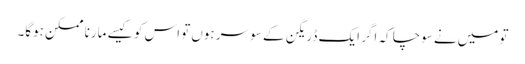
تو میں‌نے سوچا کہ اگر ایک ڈریگن کے سو سر ہوں‌تو اس کو کیسے مارنا ممکن ہوگا۔